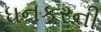
ધનકરની